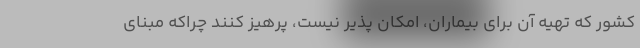
کشور که تهیه آن برای بیماران، امکان پذیر نیست، پرهیز کنند چراکه مبنای